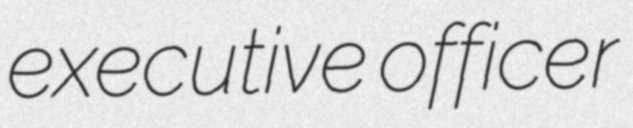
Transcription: executive officer